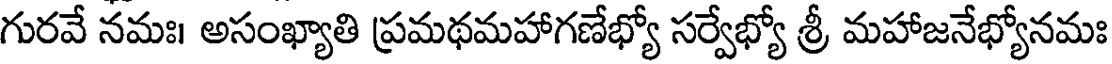
గురవే నమః। అసంఖ్యాతి ప్రమథమహాగణేభ్యో సర్వేభ్యో శ్రీ మహాజనేభ్యోనమః